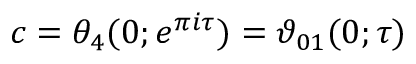
c = \theta _ { 4 } ( 0 ; e ^ { \pi i \tau } ) = \vartheta _ { 0 1 } ( 0 ; \tau )